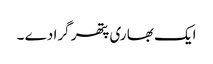
ایک بھا ری پتھر گرا دے ۔